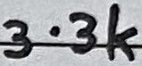
Text: 3.3k